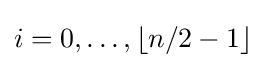
i=0,\dots ,\lfloor n/2-1\rfloor